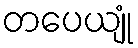
တပေယျုံ